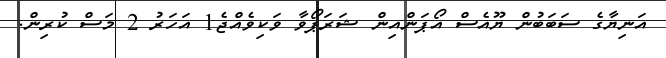
އަނިޔާގެ ސަބަބުން ޔޫއެސް އޯޕަންއިން ޝަރަޕޯވާ ވަކިވެއްޖެ1 އަހަރު 2 މަސް ކުރިން.